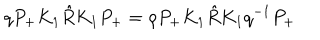
LaTeX: q P _ { + } K _ { 1 } \hat { R } K _ { 1 } P _ { + } = \rho P _ { + } K _ { 1 } \hat { R } K _ { 1 } q ^ { - 1 } P _ { + }